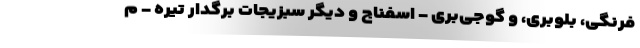
فرنگی، بلوبری، و گوجی‌بری - اسفناج و دیگر سبزیجات برگدار تیره - م